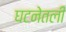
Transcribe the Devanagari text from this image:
घटनेतली